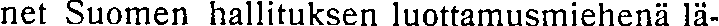
net Suomen hallituksen luottamusmiehenä lä-